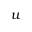
u